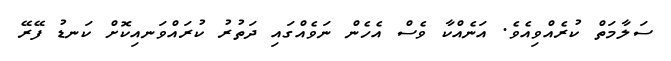
ސަލާމަތް ކުރެއްވިއެވެ. އަނެއްކާ ވެސް އެހެން ނަވެއްގައި ދަތުރު ކުރައްވަނއިކޮށް ކަނޑު ފޭރޭ